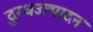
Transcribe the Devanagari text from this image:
दुग्धउत्पादन